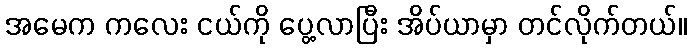
အမေက ကလေး ငယ်ကို ပွေ့လာပြီး အိပ်ယာမှာ တင်လိုက်တယ်။